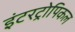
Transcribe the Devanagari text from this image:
इंटरट्रोपिकल